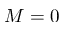
M = 0